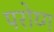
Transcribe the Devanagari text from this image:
परोय्ग